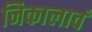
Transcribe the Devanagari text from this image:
निकालावं